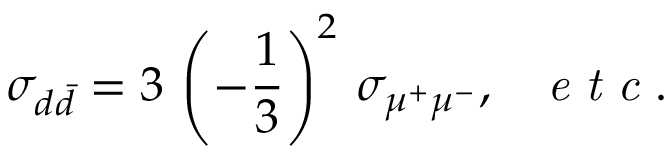
\sigma _ { d \bar { d } } = 3 \, \left( - { \frac { 1 } { 3 } } \right) ^ { 2 } \, \sigma _ { \mu ^ { + } \mu ^ { - } } , \mathrm { ~ \ \it ~ e ~ t ~ c ~ . ~ }